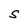
Character: S